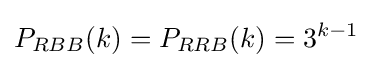
P_{RBB}(k)=P_{RRB}(k)=3^{k-1}